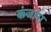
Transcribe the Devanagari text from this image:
कंजारा